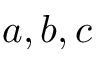
a , b , c